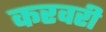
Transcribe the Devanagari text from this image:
करवरी